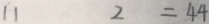
1 1 2 = 4 4